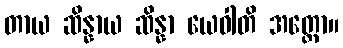
တာယ ဆိန္နာယ ဆိန္နာ ယေဝါတိ အတ္ထော။